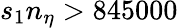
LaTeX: s_{1}n_{\eta}>845000